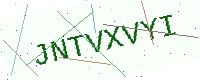
Text: JNTVXVYI